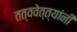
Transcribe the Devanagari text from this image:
तत्ववेत्त्यांनी